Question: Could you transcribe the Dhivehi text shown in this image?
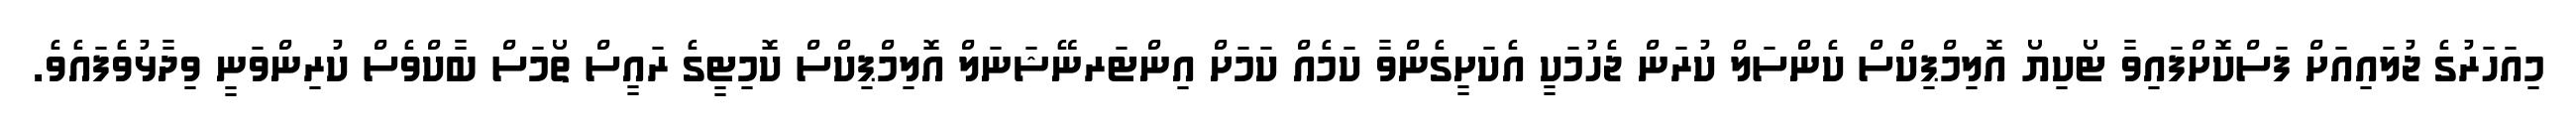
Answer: މިއަހަރުގެ ޖުލައިއަށް ފަސްކޮށްފައިވާ ޓޯކިޔޯ އޮލިމްޕިކްސް ކެންސަލް ކުރަން ޖެހުމަކީ އެކަށީގެންވާ ކަމެއް ކަމަށް އިންޓަރނޭޝަނަލް އޮލިމްޕިކްސް ކޮމިޓީގެ ރައީސް ތޯމަސް ބާކްވެސް ކުރިންވަނީ ވިދާޅުވެފައެވެ.